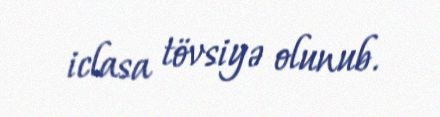
iclasa tövsiyə olunub.